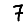
Digit: 7